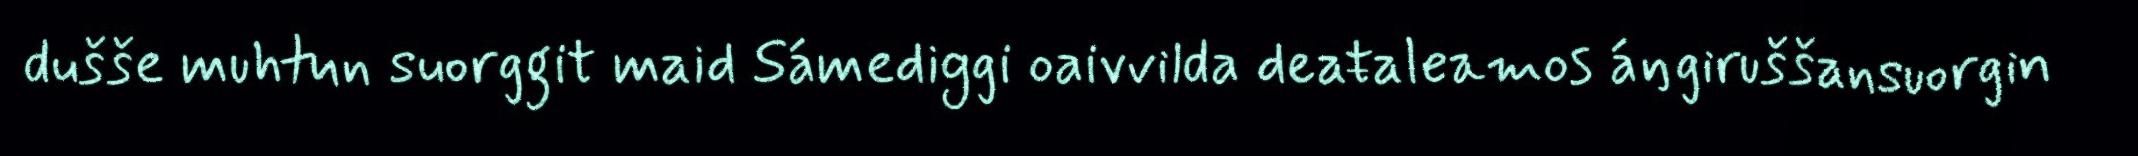
dušše muhtun suorggit maid Sámediggi oaivvilda deaŧaleamos áŋgiruššansuorgin